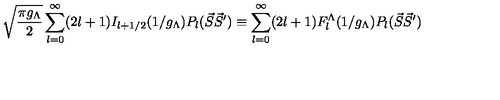
\sqrt { \frac { \pi g _ { \Lambda } } { 2 } } \sum _ { l = 0 } ^ { \infty } ( 2 l + 1 ) I _ { l + 1 / 2 } ( 1 / g _ { \Lambda } ) P _ { l } ( { \vec { S } } { \vec { S } ^ { \prime } } ) \equiv \sum _ { l = 0 } ^ { \infty } ( 2 l + 1 ) F _ { l } ^ { \Lambda } ( 1 / g _ { \Lambda } ) P _ { l } ( { \vec { S } } { \vec { S } ^ { \prime } } ) \ \